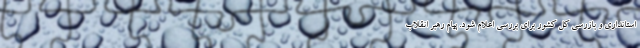
استانداری و بازرسی کل کشور برای بررسی اعلام شود. پیام رهبر انقلاب